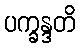
ပက္ခန္ဒတိ